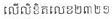
លើលិខិតលេខ២៣២១